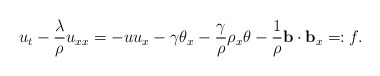
\begin{align*}& u_t-\frac{\lambda}{\rho}u_{xx}=-uu_x- \gamma\theta_x-\frac{\gamma}{\rho}\rho_x\theta-\frac{1}{\rho}\mathbf{b}\cdot\mathbf{b}_x=:f.\end{align*}